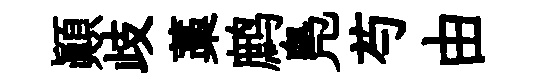
顛歧藁鹧鳬芍由